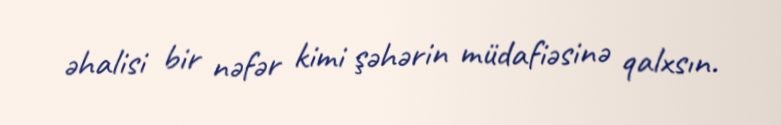
əhalisi bir nəfər kimi şəhərin müdafiəsinə qalxsın.